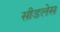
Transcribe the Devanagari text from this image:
सीडलेस